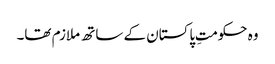
وہ حکومتِ پاکستان کے ساتھ ملازم تھا۔